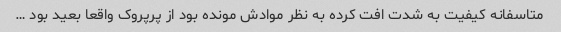
متاسفانه کیفیت به شدت افت کرده به نظر موادش مونده بود از پرپروک واقعا بعید بود …